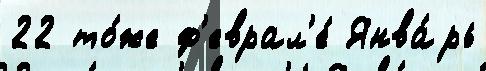
22 то́же ф'еврал'е́ Янва́рь